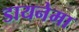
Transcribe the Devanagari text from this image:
डायनेमा